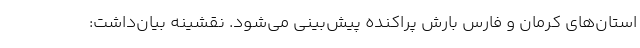
استان‌های کرمان و فارس بارش پراکنده پیش‌بینی می‌شود. نقشینه بیان‌داشت: